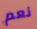
نعم